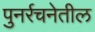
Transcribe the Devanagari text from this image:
पुनर्रचनेतील